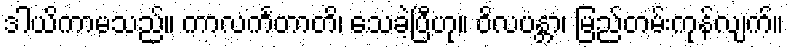
ဒါယိကာမသည်။ ကာလင်္ကတာတိ၊ သေခဲ့ပြီဟု။ ဝိလပန္တာ၊ မြည်တမ်းကုန်လျက်။